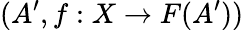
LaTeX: (A^{\prime},f:X\to F(A^{\prime}))